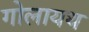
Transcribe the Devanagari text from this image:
गोलायथ